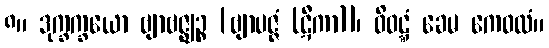
၈။ ဒုက္ခက္ခယော ဗျာဗဇ္ဈဉ္စ [ဗျာပဇ္ဇံ (ဋီကာ)]၊ ဝိဝဋ္ဋံ ခေမ ကေဝလံ။